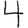
Digit: 4